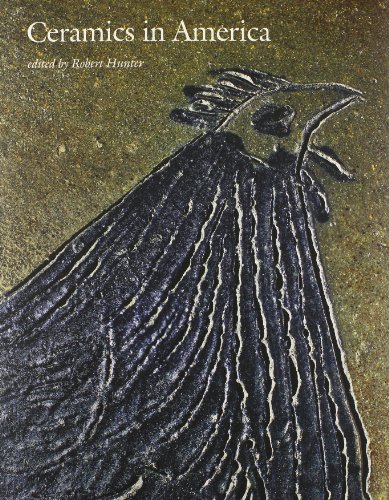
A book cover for Ceramics in America 2013 (Ceramics in America Annual); Crafts, Hobbies & Home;